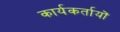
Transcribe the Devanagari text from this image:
कार्यकर्तायों